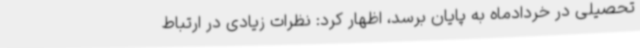
تحصیلی در خردادماه به پایان برسد، اظهار کرد:‌ نظرات زیادی در ارتباط